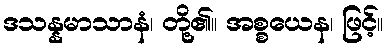
ဒသန္နမာသာနံ၊ တို့၏။ အစ္စယေန၊ ဖြင့်။